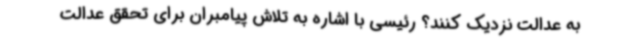
به عدالت نزدیک کنند؟ رئیسی با اشاره به تلاش پیامبران برای تحقق عدالت